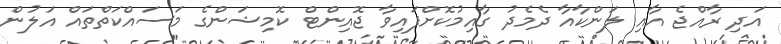
އަދި ރާއްޖެ އާއި ލަންކާއާ ދެމެދު ގާއިމުކޮށްފައިވާ ޖޮއިންޓް ކޮމިޝަންގެ މަސައްކަތްތައް އަލުން